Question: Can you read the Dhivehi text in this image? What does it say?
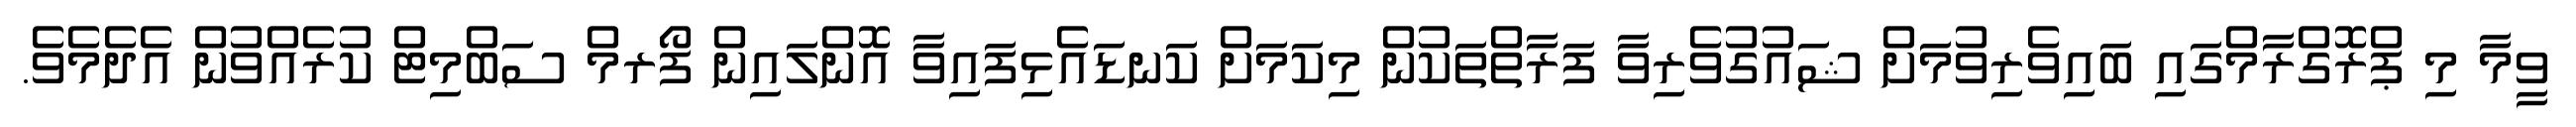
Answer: ވީމާ މި ޕްރޮގްރާމްގައި ބައިވެރިވުމަށް ޝައުގުވެރިވާ ފަރާތްތަކުން މިކަމަށް ކަނޑައެޅިފައިވާ އޮންލައިން ފޯރމް ސަބްމިޓް ކުރެއްވުން އެދެމެވެ.